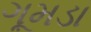
ગૂમડા